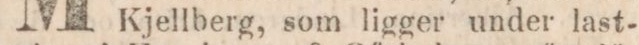
kjellberg, som ligger under last-